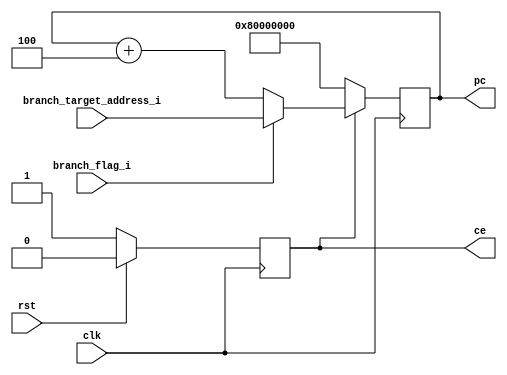


module pc(
    input    wire           rst,
    input    wire           clk,
    input    wire           branch_flag_i,
    input    wire[31:0]     branch_target_address_i,
    output   reg[31:0]     pc,
    output   reg           ce

);


always @ (posedge clk ) begin
    if(ce ==1'b0) begin
        pc <= 32'h80000000;
   end else if(branch_flag_i == 1'b1) begin
        pc <= branch_target_address_i ;
   end else begin
        pc <= pc + 4'h4;
   end

end

	
	always @ (posedge clk) begin
		if (rst == 1'b1) begin
			ce <= 1'b0;
		end else begin
			ce <= 1'b1;
		end
	end

endmodule